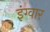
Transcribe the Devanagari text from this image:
इंग्वार